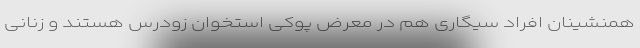
همنشینان افراد سیگاری هم در معرض پوکی استخوان زودرس هستند و زنانی